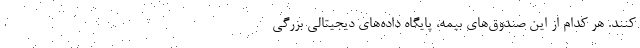
کنند. هر کدام از این صندوق‌های بیمه، پایگاه داده‌های دیجیتالی بزرگی